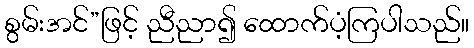
စွမ်းအင်”ဖြင့် ညီညာ၍ ထောက်ပံ့ကြပါသည်။